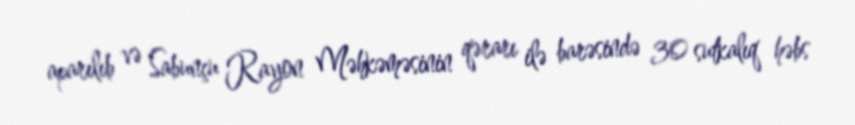
aparılıb və Sabunçu Rayon Məhkəməsinin qərarı ilə barəsində 30 sutkalıq həbs